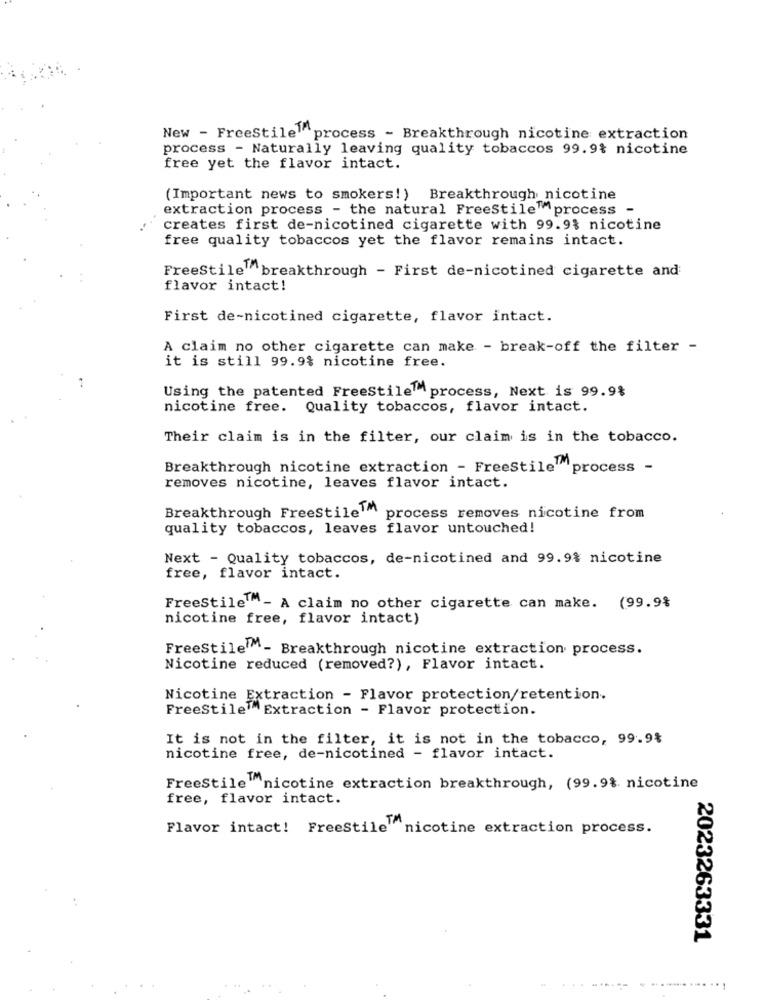
New - FreeStilelp
"process - Breakthrough nicotine extraction
process - Naturally leaving quality tobaccos 99.9% nicotine
free yet the flavor intact.
(Important news to smokers!) Breakthrough nicotine
extraction process - the natural FreeStile"process -
creates first de-nicotined cigarette with 99.9% nicotine
free quality tobaccos yet the flavor remains intact.
FreeStile breakthrough - First de-nicotined cigarette and
flavor intact!
First de-nicotined cigarette, flavor intact.
A claim no other cigarette can make - break-off the filter -
it is still 99.9% nicotine free.
Using the patented FreeStile process, Next is 99.9%
nicotine free. Quality tobaccos, flavor intact.
Their claim is in the filter, our claim is in the tobacco.
Breakthrough nicotine extraction - FreeStile™
process -
removes nicotine, leaves flavor intact.
Breakthrough FreeStileM
process removes nicotine from
quality tobaccos, leaves flavor untouched!
Next - Quality tobaccos, de-nicotined and 99.9% nicotine
free, flavor intact.
FreeStile™- A claim no other cigarette can make. (99.9%
nicotine free, flavor intact)
FreeStile - Breakthrough nicotine extraction process.
Nicotine reduced (removed?), Flavor intact.
Nicotine Extraction - Flavor protection/retention.
FreeStile Extraction - Flavor protection.
It is not in the filter, it is not in the tobacco, 99.9%
nicotine free, de-nicotined - flavor intact.
FreeStile nicotine extraction breakthrough, (99.9% nicotine
free, flavor intact.
Flavor intact! FreeStile nicotine extraction process.
2023263331
.. . ...... .... ...